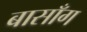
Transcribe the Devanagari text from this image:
बासाँग